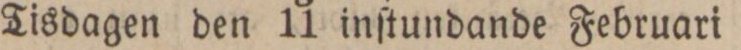
Tisdagen den 11 inſtundande Februari